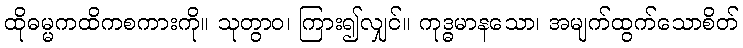
ထိုဓမ္မကထိကစကားကို။ သုတွာဝ၊ ကြား၍လျှင်။ ကုဒ္ဓမာနသော၊ အမျက်ထွက်သောစိတ်